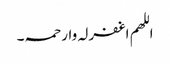
اللھم اغفرلہ وارحمہ۔